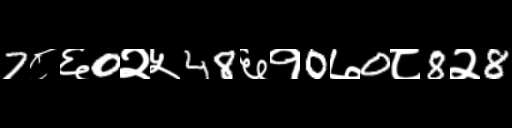
Text: 7८६0२५48६१0७0८8२8